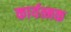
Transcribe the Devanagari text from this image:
कार्यत्मक